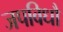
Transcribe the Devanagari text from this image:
जपविधौ